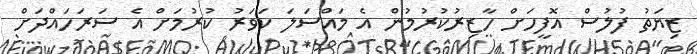
ޒިޔަތު ފުލުސް އޮފީހަށް ހާޒިރުކުރުމުން އެ މައްސަލަ ކަވަރު ކުރުމަށް އެ ސަރަހައްދަށް